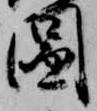
図